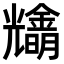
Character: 𠓓